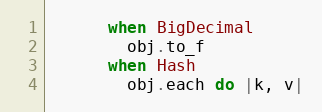
Language: Ruby
      when BigDecimal
        obj.to_f
      when Hash
        obj.each do |k, v|